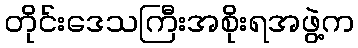
တိုင်းဒေသကြီးအစိုးရအဖွဲ့က